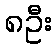
၈ဦး